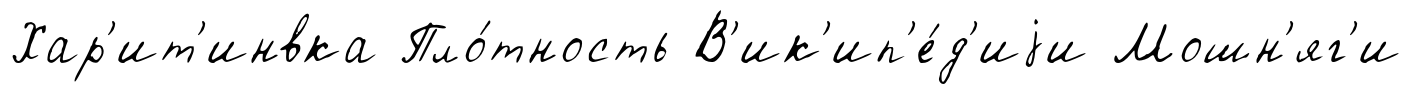
Хар'ит'инвка Пло́тность В'ик'ип'е́д'иjи Мошн'яг'и